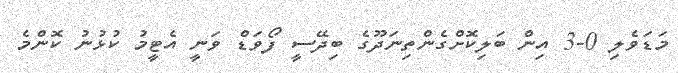
މަޑަވެލި 0-3 އިން ބަލިކޮށްގެންތިނަދޫގެ ބިދޭސީ ފޯވަޑް ވަނީ އެޓީމު ކުޅުނު ކޮންމެ